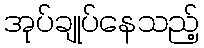
အုပ်ချုပ်နေသည့်